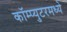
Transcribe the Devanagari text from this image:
कॉम्प्युटरमध्ये